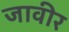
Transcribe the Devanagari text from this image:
जावीर